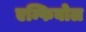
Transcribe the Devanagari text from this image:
एम्फिबोल